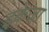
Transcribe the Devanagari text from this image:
इकेजा